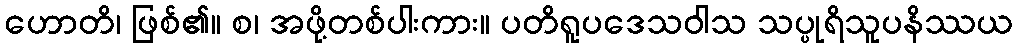
ဟောတိ၊ ဖြစ်၏။ စ၊ အဖို့တစ်ပါးကား။ ပတိရူပဒေသဝါသ သပ္ပုရိသူပနိဿယ